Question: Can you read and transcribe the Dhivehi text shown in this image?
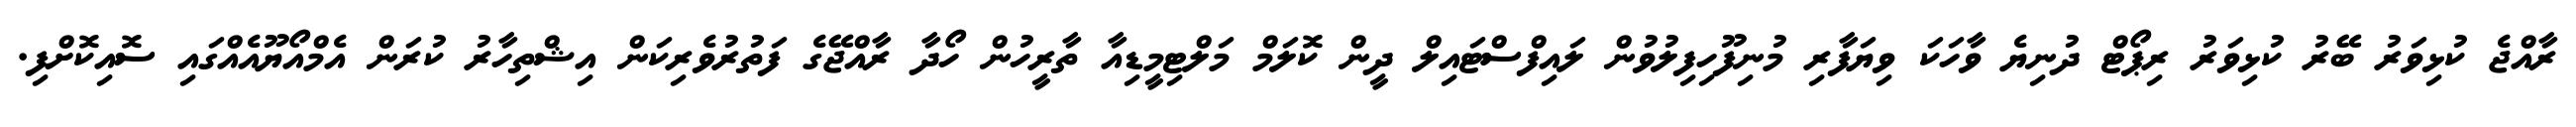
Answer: ރާއްޖެ ކުޅިވަރު ބޭރު ކުޅިވަރު ރިޕޯޓް ދުނިޔެ ވާހަކަ ވިޔަފާރި މުނިފޫހިފިލުވުން ލައިފްސްޓައިލް ދީން ކޮލަމް މަލްޓިމީޑިއާ ތާރީހުން ހޯދާ ރާއްޖޭގެ ފަތުރުވެރިކަން އިޝްތިހާރު ކުރަން އެމްއޯޔޫއެއްގައި ސޮއިކޮށްފި.